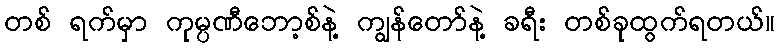
တစ် ရက်မှာ ကုမ္ပဏီဘော့စ်နဲ့ ကျွန်တော်နဲ့ ခရီး တစ်ခုထွက်ရတယ်။